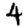
Digit: 4